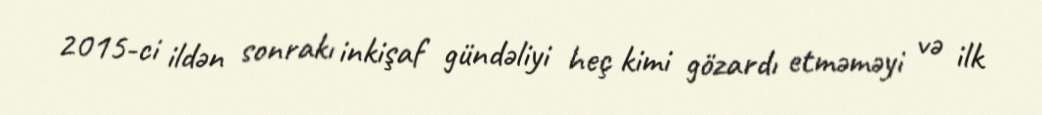
2015-ci ildən sonrakı inkişaf gündəliyi heç kimi gözardı etməməyi və ilk